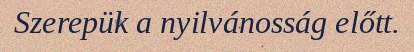
Szerepük a nyilvánosság előtt.